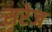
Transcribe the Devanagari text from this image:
सरेज